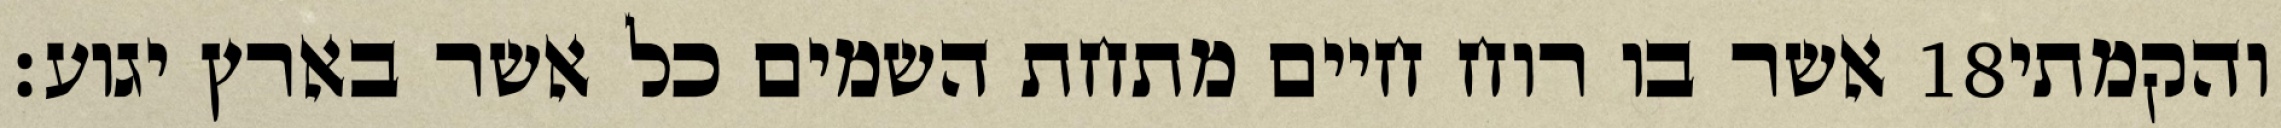
אשר בו רוח חיים מתחת השמים כל אשר בארץ יגוע׃ ‎18‏ והקמתי